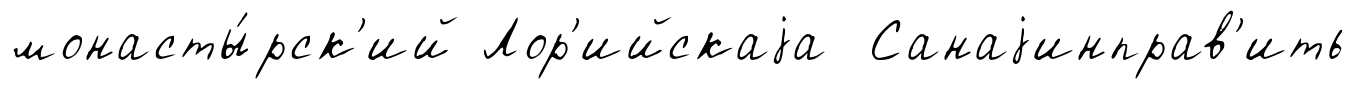
монасты́рск'ий Лор'ийскаjа Санаjинправ'ить